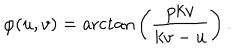
LaTeX: \varphi ( u , v ) = \mathrm { a r c t a n } \left( \frac { p k v } { k v - u } \right) .